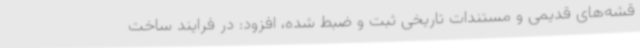
قشه‌های قدیمی و مستندات تاریخی ثبت و ضبط شده، افزود: در فرایند ساخت